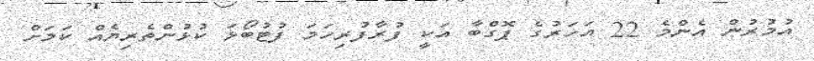
އުމުރުން އެންމެ 22 އަހަރުގެ ޕޮގްބާ އަކީ ފުރާފުރިހަމަ ފުޓުބޯޅަ ކުޅުންތެރިޔެއް ކަމަށް